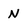
Character: N